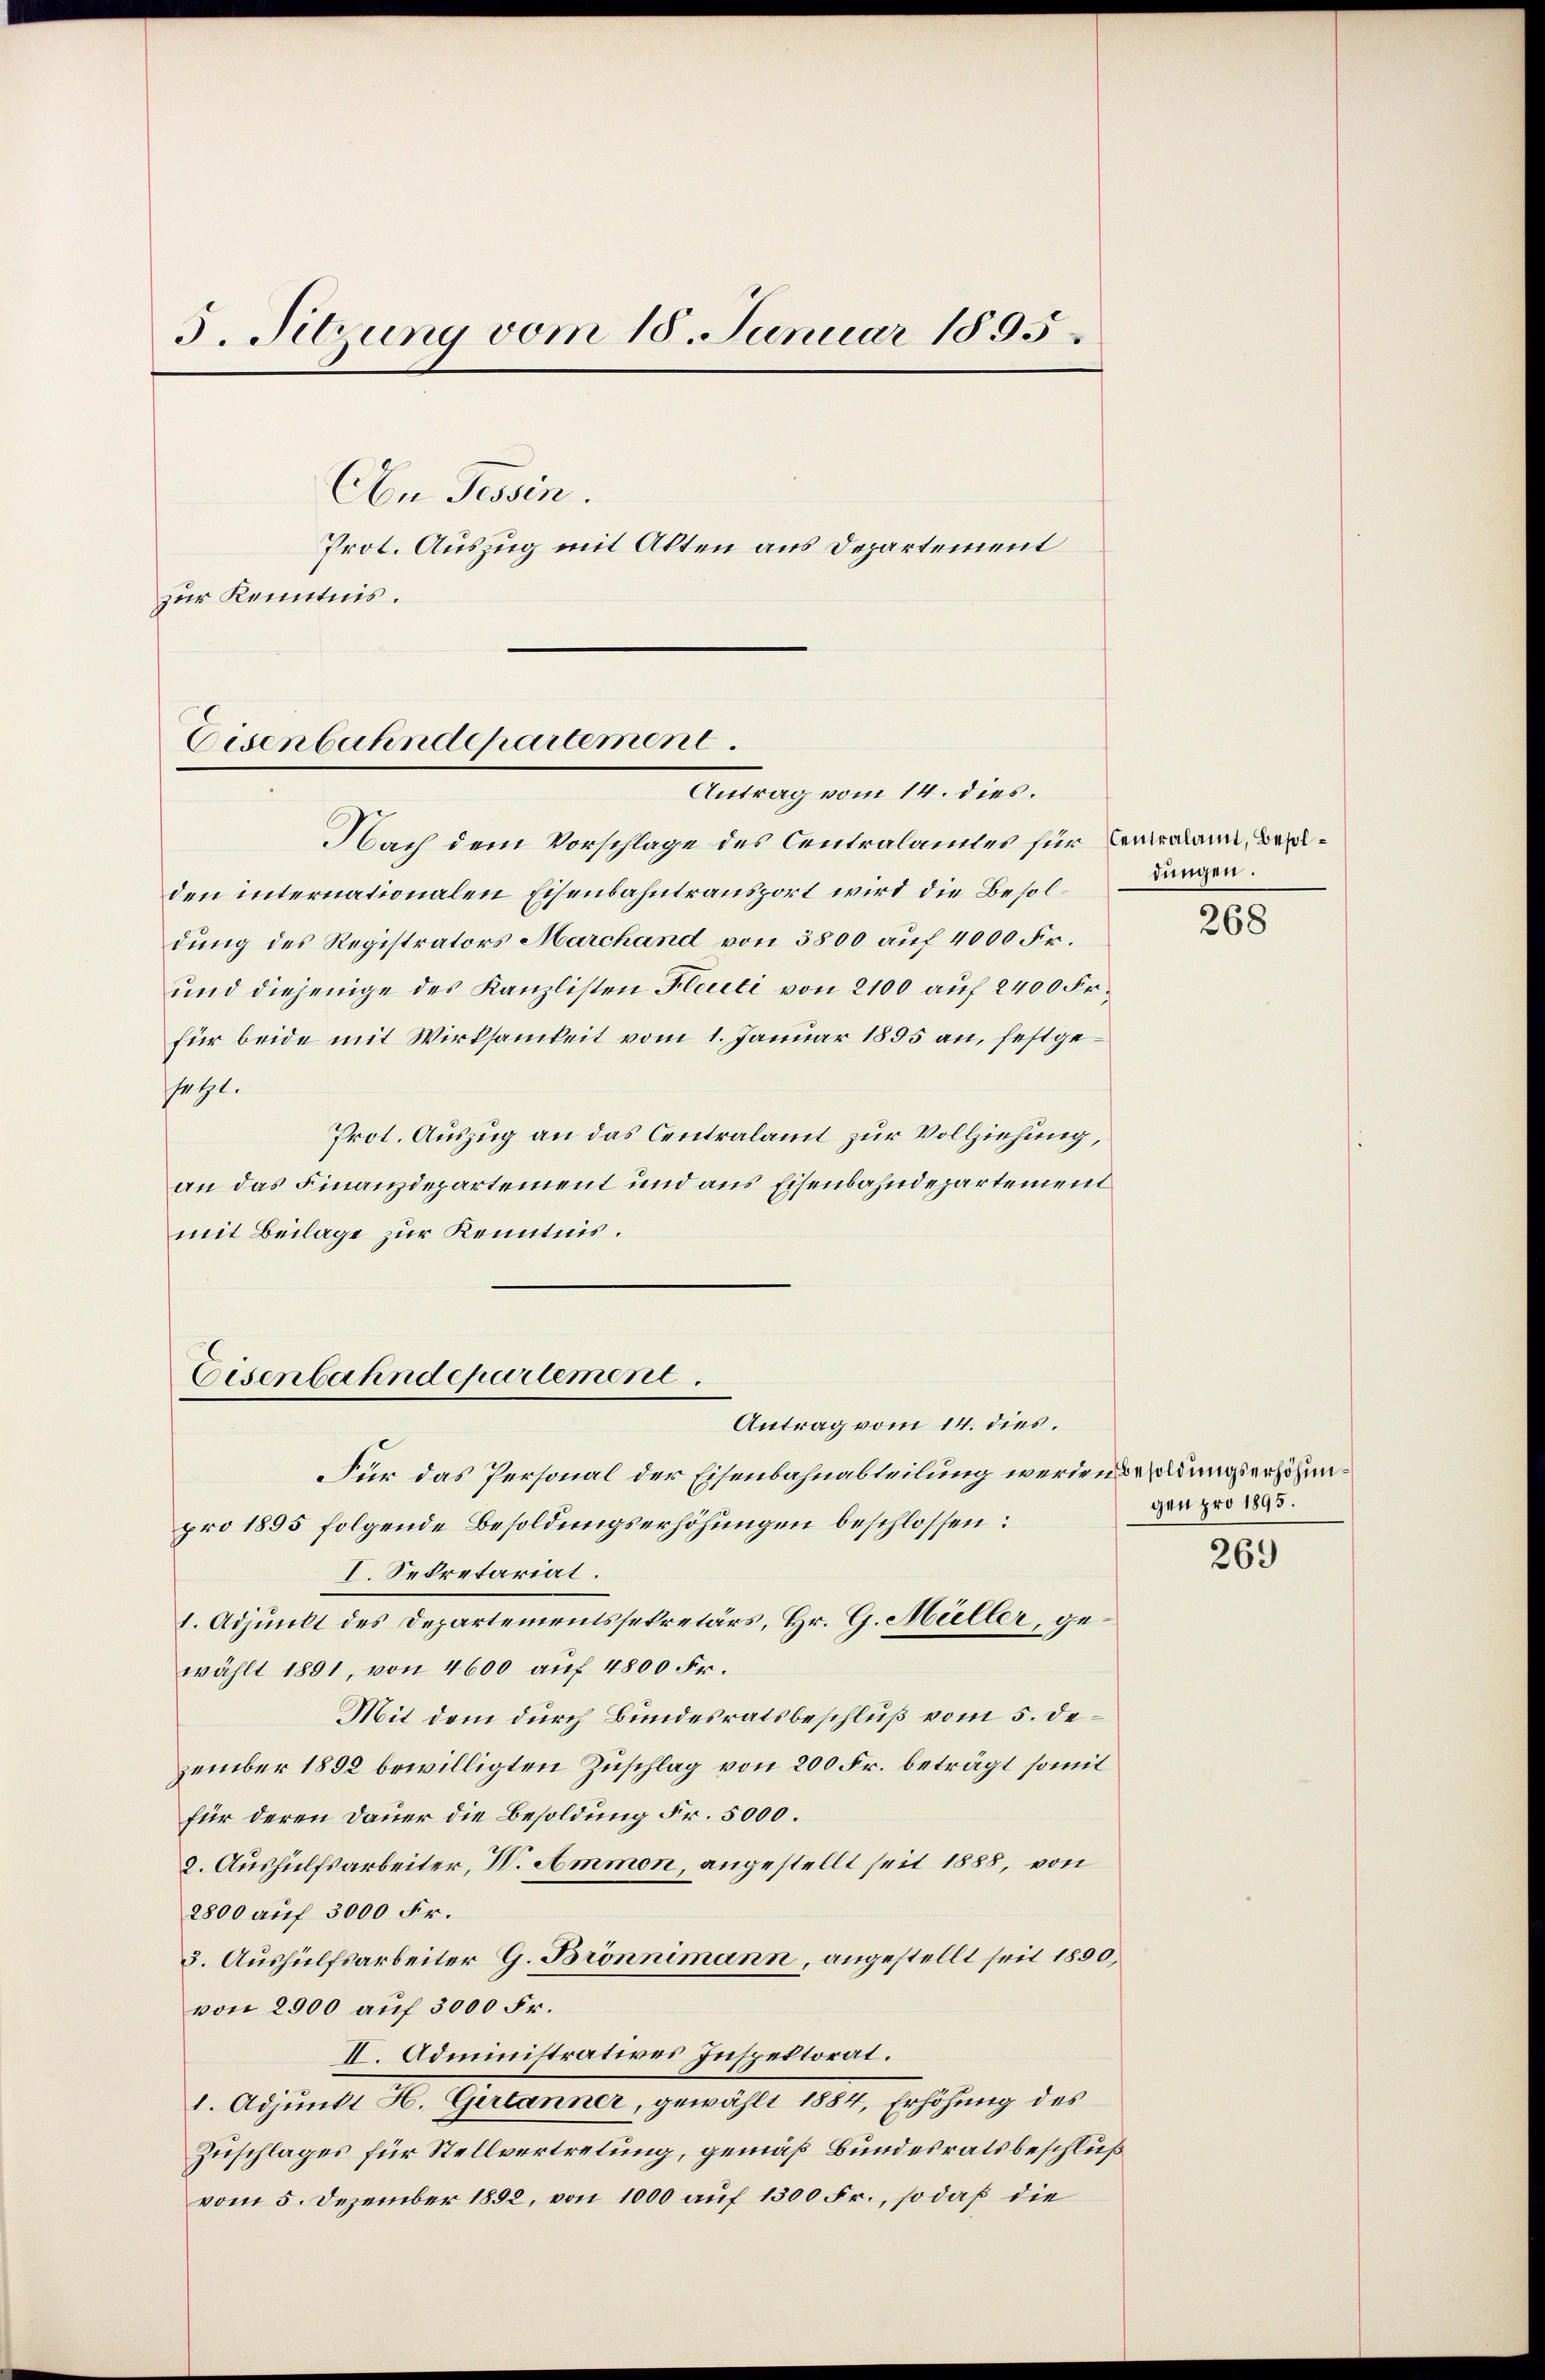
3. Sitzung vom 18. Januar 1895.
An Tessin.
Prot. Auszug mit Alten aus Departement
zur Kenntnis.

Eisenbahndepartement.
Antrag vom 14. dies.

Nach dem Vorschlage des Centralamtes für Ermalann, Bezuden internationalen Eisenbahntransport wird die Besoldung des Registrators Marchand von 3800 auf 4000 Fr.
und diejenige des Kanzlisten Flecti von 2100 auf 2400 Fr.
für beide mit Wirksamkeit vom 1. Januar 1895 an, festgesetzt.
Prot. Auszug an das Centralamt zur Vollziehung,
an das Finanzdepartement und aus Eisenbahndepartement
mit Beilage zur Kenntnis.
Antrag vom 14. dies.
Für das Personal der Eisenbahnabteilung werden soldungserhöhunpro 1895 folgende Besoldungserhöhungen beschlossen:
I. Sekretariat.
1. Adjunkt des Departementssekretärs, Hr. G. Müller, gewählt 1891, von 4600 auf 4800 Fr.
Mit dem durch Bundesratsbeschluß vom 5. dezember 1892 bewilligten Zuschlag von 200 Fr. beträgt somit
für deren Dauer die Besoldung Fr. 5000.
2. Aushülfsarbeiter, V. Ammon, angestellt seit 1888, von
2800 auf 3000 Fr.
3. Aushülfsarbeiter G. Brönnimann, angestellt seit 1890,
von 2900 auf 3000 Fr.
II. Administratives Inspektorat.
1. Adjuncte M. Gestander, gewählt 1801, Ersuchung des
Zuschlages für Stellvertretung, gemäß Bundesratsbeschluß
vom 5. Dezember 1892, von 1000 auf 1300 Fr., so daß die

Eisenbahndepartement

dungen.

268

gen pro 1895.
269